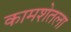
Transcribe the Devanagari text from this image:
कामशेतला